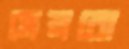
মেলবো